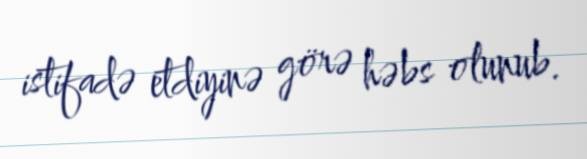
istifadə etdiyinə görə həbs olunub.